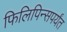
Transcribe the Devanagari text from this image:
फिलिपिन्सपर्यंत